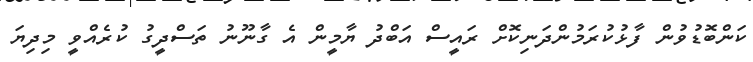
ކަންބޮޑުވުން ފާޅުކުރަމުންދަނިކޮށް ރައީސް އަބްދު ޔާމީން އެ ގާނޫނު ތަސްދީގު ކުރެއްވީ މިދިޔަ